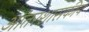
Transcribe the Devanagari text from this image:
आंतरशासकीय